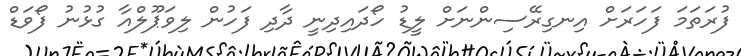
ފުރަތަމަ ފަހަރަށް އިނގިރޭސިންނަށް ލީޑު ހޯދައިދިނީ ދާދި ފަހުން ލިވަޕޫލްއާ ގުޅުނު ފޯވަޑް